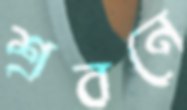
শ্রবনে